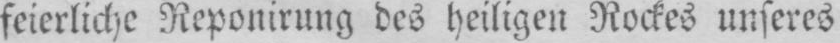
feierliche Reponirung des heiligen Rockes unseres